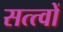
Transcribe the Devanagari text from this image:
सत्त्वों